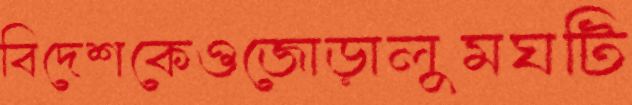
বিদেশকেওজোড়ালুমঘটি